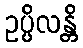
ဥပ္ပိလန္တိ